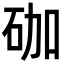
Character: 𥑆